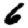
Digit: 6